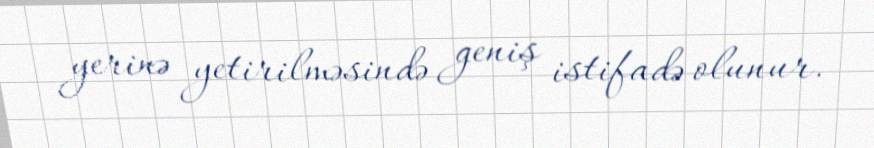
yerinə yetirilməsində geniş istifadə olunur.